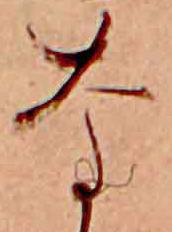
な